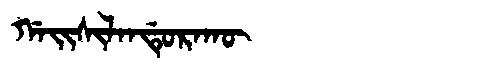
Manchu: ᡤᠠᡳᠰᡳᠯᠠᠨᡩᡠᡵᠠᡴᡡ
Romanization: GAISILANDURAKŪ